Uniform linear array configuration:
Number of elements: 64
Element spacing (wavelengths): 0.25
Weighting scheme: hamming
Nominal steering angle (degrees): -45
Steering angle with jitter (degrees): -46.328
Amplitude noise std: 0.05
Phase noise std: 0.05

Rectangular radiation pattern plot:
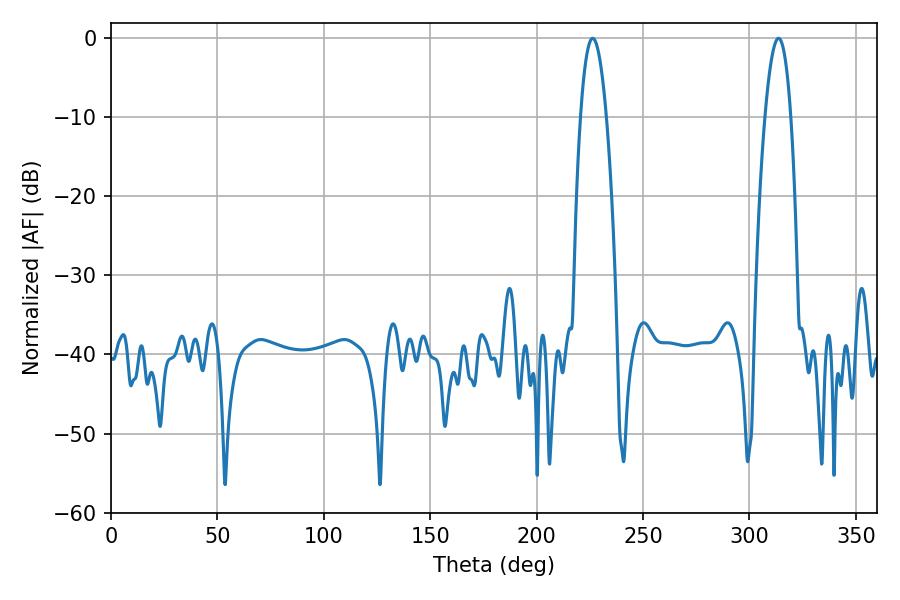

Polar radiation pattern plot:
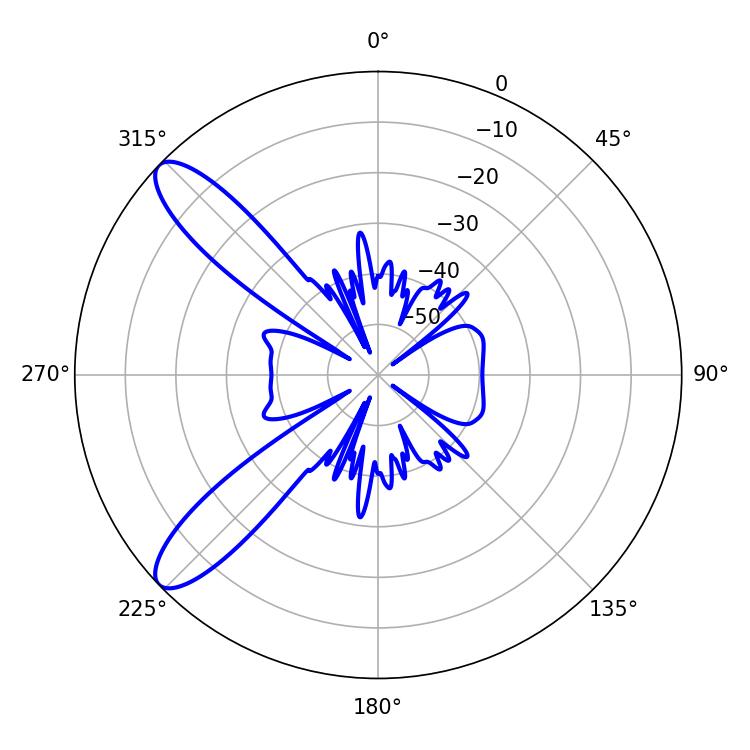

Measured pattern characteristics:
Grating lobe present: FALSE
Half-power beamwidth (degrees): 6.84
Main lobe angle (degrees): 226.26